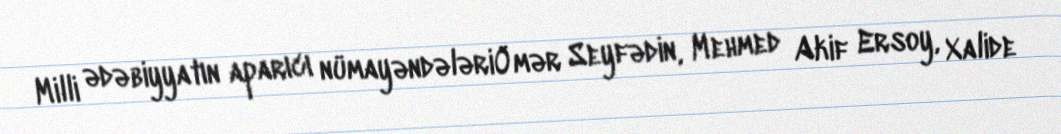
Milli ədəbiyyatın aparıcı nümayəndələriÖmər Seyfədin, Mehmed Akif Ersoy, Xalide